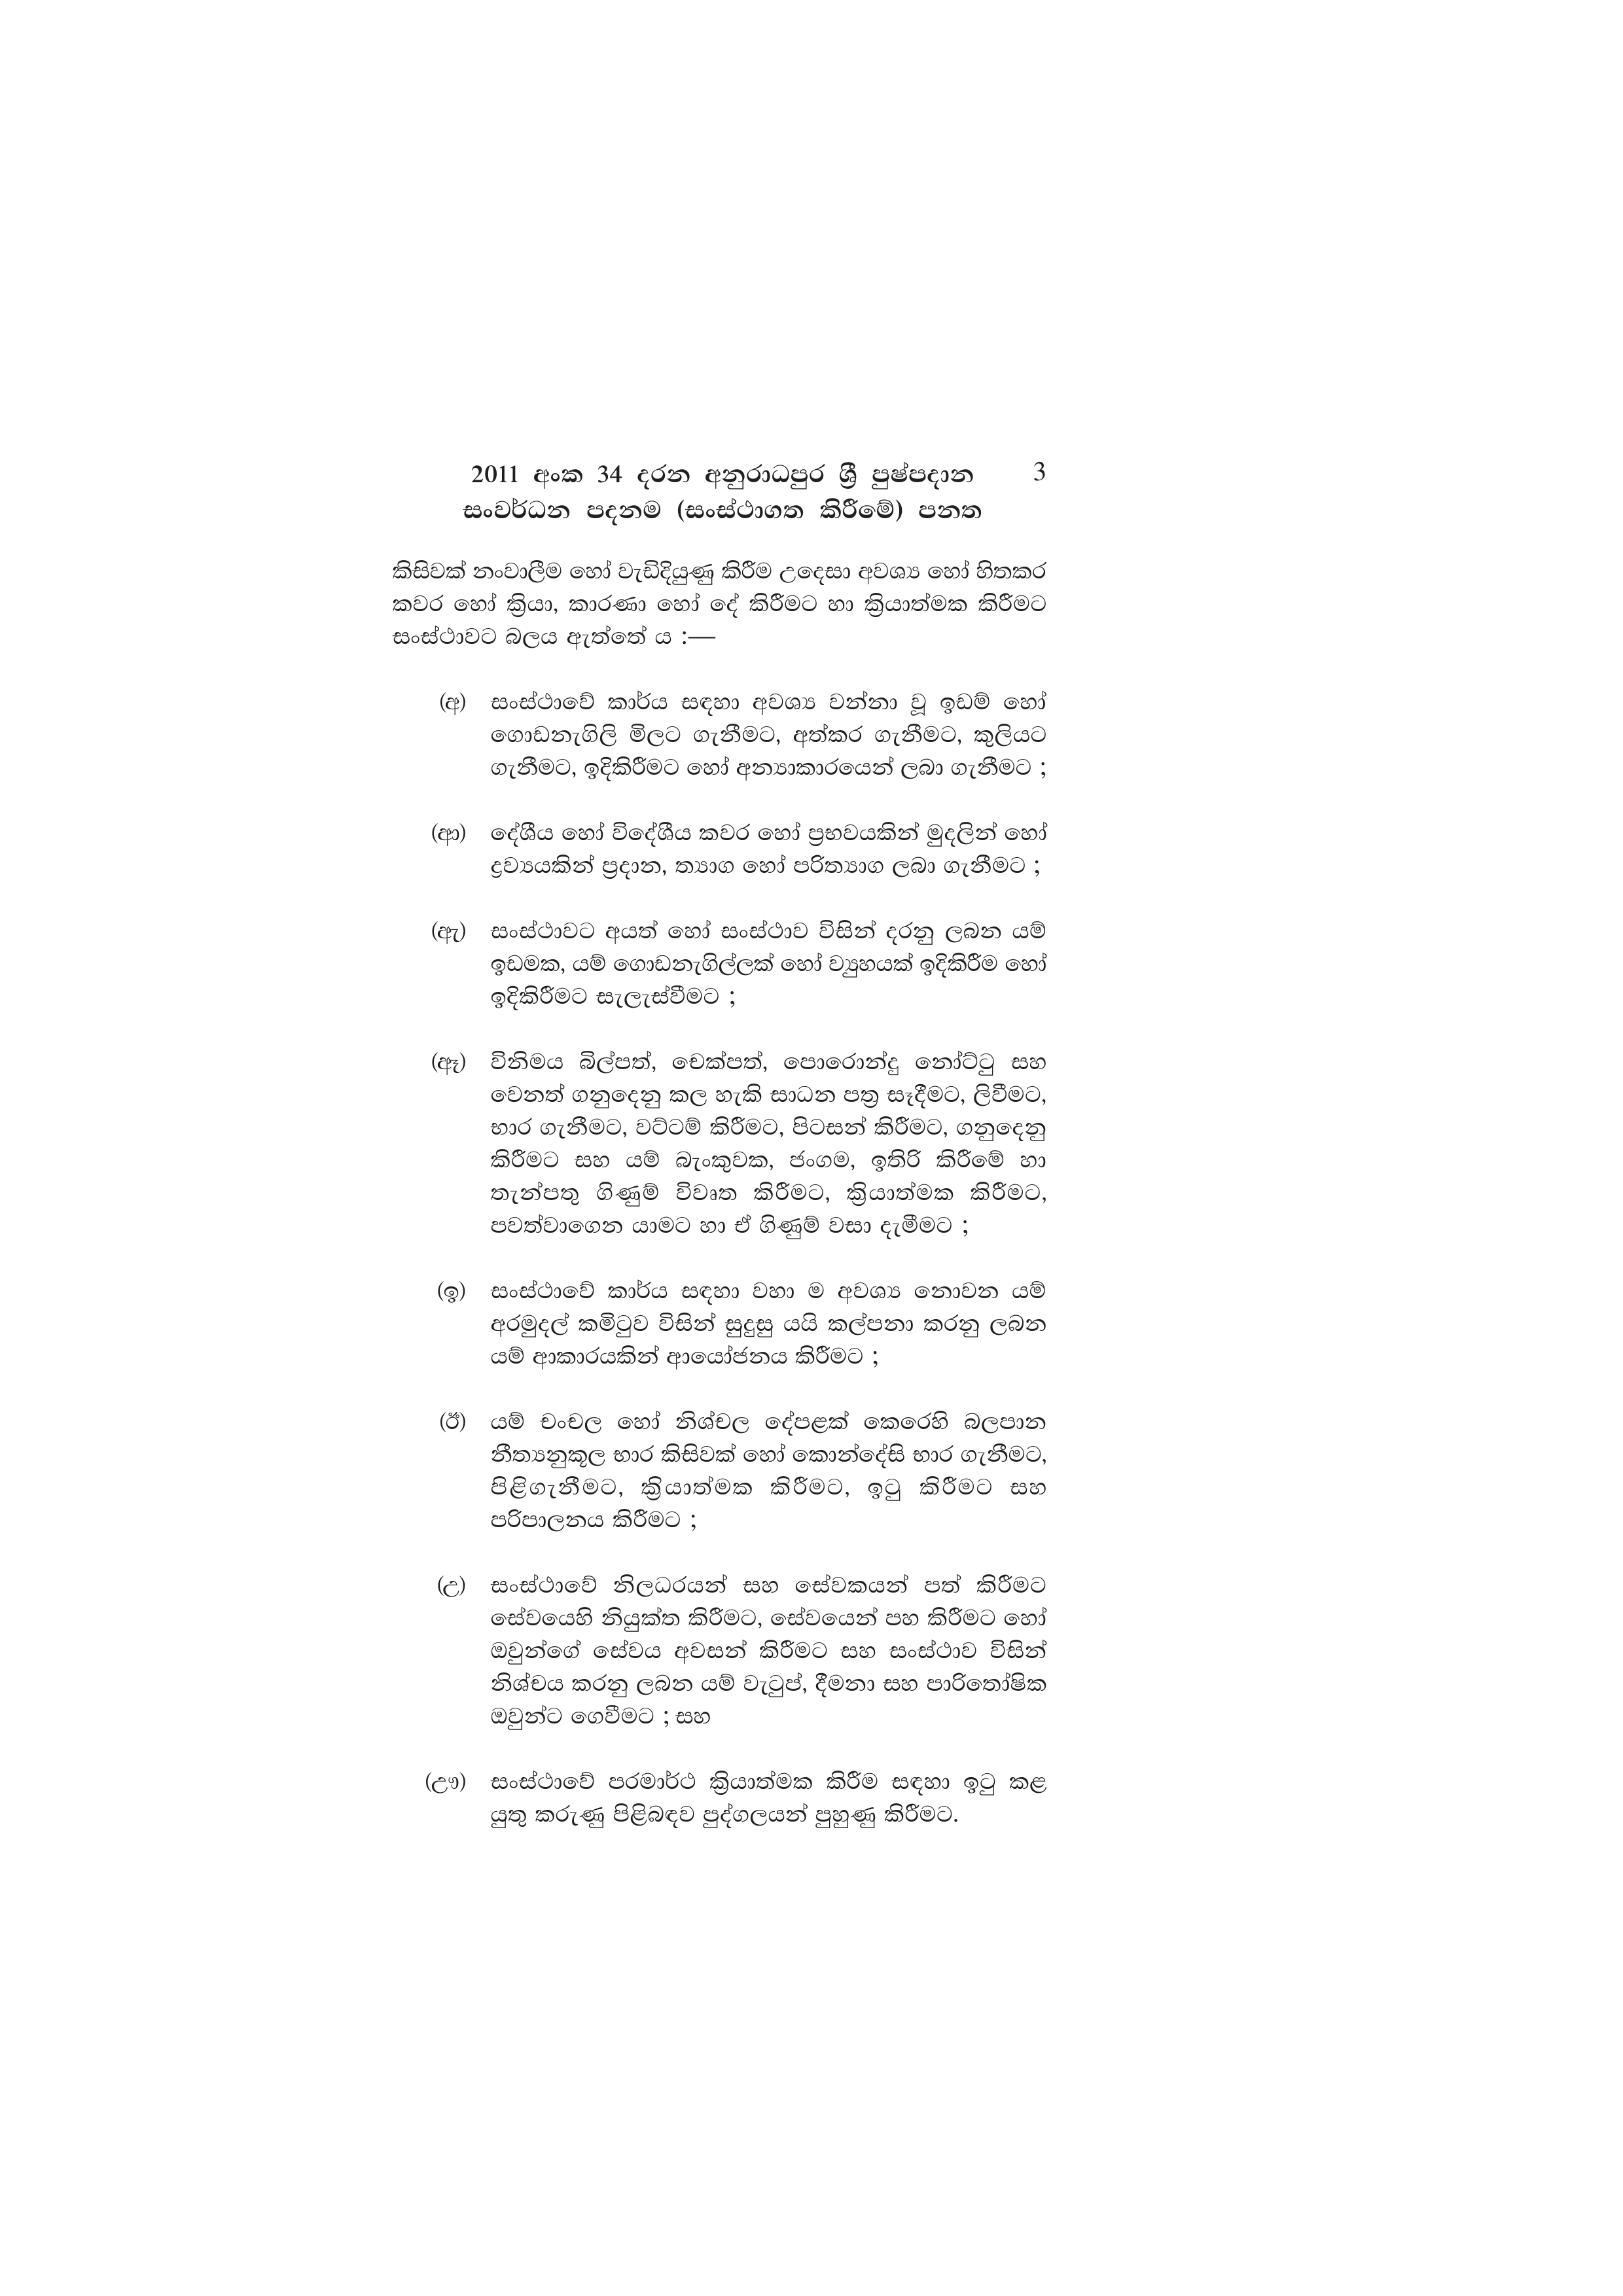
2011 අංක 34 දරන අනුරාධපුර ශ්‍රී පුෂ්පදාන 3
සංවර්ධන පදනම (සංස්ථාගත කිරීමේ) පනත

කිසිවක් නංවාලීම හෝ වැඩිදියුණු කිරීම උදෙසා අවශ්‍ය හෝ හිතකර
කවර හෝ ක්‍රියා, කාරණා හෝ දේ කිරීමට හා ක්‍රියාත්මක කිරීමට
සංස්ථාවට බලය ඇත්තේ ය :-

(අ) සංස්ථාවේ කාර්ය සඳහා අවශ්‍ය වන්නා වූ ඉඩම් හෝ
ගොඩනැගිලි මිලට ගැනීමට, අත්කර ගැනීමට, කුලියට
ගැනීමට, ඉදිකිරීමට හෝ අන්‍යාකාරයෙන් ලබා ගැනීමට ;

(ආ) දේශීය හෝ විදේශීය කවර හෝ ප්‍රභවයකින් මුදලින් හෝ
ද්‍රව්‍යයකින් ප්‍රදාන, ත්‍යාග හෝ පරිත්‍යාග ලබා ගැනීමට ;

(ඇ) සංස්ථාවට අයත් හෝ සංස්ථාව විසින් දරනු ලබන යම්
ඉඩමක, යම් ගොඩනැගිල්ලක් හෝ ව්‍යුහයක් ඉදිකිරීම හෝ
ඉදිකිරීමට සැලැස්වීමට ;

(ඈ) විනිමය බිල්පත්, චෙක්පත්, පොරොන්දු නෝට්ටු සහ
වෙනත් ගනුදෙනු කල හැකි සාධන පත්‍ර සෑදීමට, ලිවීමට,
භාර ගැනීමට, වට්ටම් කිරීමට, පිටසන් කිරීමට, ගනුදෙනු
කිරීමට සහ යම් බැංකුවක, ජංගම, ඉතිරි කිරීමේ හා
තැන්පතු ගිණුම් විවෘත කිරීමට, ක්‍රියාත්මක කිරීමට,
පවත්වාගෙන යාමට හා ඒ ගිණුම් වසා දැමීමට ;

(ඉ) සංස්ථාවේ කාර්ය සඳහා වහා ම අවශ්‍ය නොවන යම්
අරමුදල් කමිටුව විසින් සුදුසු යයි කල්පනා කරනු ලබන
යම් ආකාරයකින් ආයෝජනය කිරීමට ;

(ඊ) යම් චංචල හෝ නිශ්චල දේපළක් කෙරෙහි බලපාන
නීත්‍යනුකූල භාර කිසිවක් හෝ කොන්දේසි භාර ගැනීමට,
පිළිගැනීමට, ක්‍රියාත්මක කිරීමට, ඉටු කිරීමට සහ
පරිපාලනය කිරීමට ;

(උ) සංස්ථාවේ නිලධරයන් සහ සේවකයන් පත් කිරීමට
සේවයෙහි නියුක්ත කිරීමට, සේවයෙන් පහ කිරීමට හෝ
ඔවුන්ගේ සේවය අවසන් කිරීමට සහ සංස්ථාව විසින්
නිශ්චය කරනු ලබන යම් වැටුප්, දීමනා සහ පාරිතෝෂික
ඔවුන්ට ගෙවීමට ; සහ

(ඌ) සංස්ථාවේ පරමාර්ථ ක්‍රියාත්මක කිරීම සඳහා ඉටු කළ
යුතු කරුණු පිළිබඳව පුද්ගලයන් පුහුණු කිරීමට.